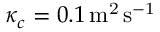
\kappa _ { c } = 0 . 1 \, \mathrm { { m ^ { 2 } \, s ^ { - 1 } } }